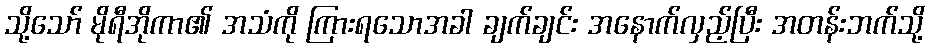
သို့သော် မိုရီအိုကာ၏ အသံကို ကြားရသောအခါ ချက်ချင်း အနောက်လှည့်ပြီး အတန်းဘက်သို့